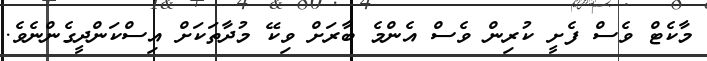
މާކެޓް ވެސް ފެށީ ކުރިން ވެސް އެންމެ ބާރަށް ވިކޭ މުދާތަކަށް އިސްކަންދީގެންނެވެ.